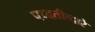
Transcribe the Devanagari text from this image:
पध्दतीव्दारे